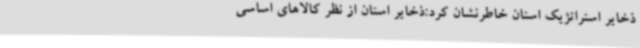
ذخایر استراتژیک استان خاطرنشان کرد:ذخایر استان از نظر کالاهای اساسی